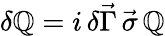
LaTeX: \delta\mathbb{Q}=i\, \delta\vec{{\Gamma}}\, \vec{{\sigma}}\, \mathbb{Q}